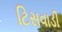
ટિસવાડી